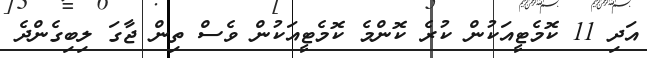
އަދި 11 ކޮމެޓީއަކުން ކުރެ ކޮންމެ ކޮމެޓީއަކުން ވެސް ތިން ޖާގަ ލިބިގެންދެ